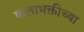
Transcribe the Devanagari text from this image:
कलाभक्तीच्या